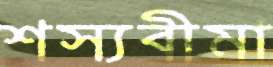
শস্যবীমা